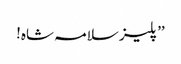
’’پلیز سلامہ شاہ!